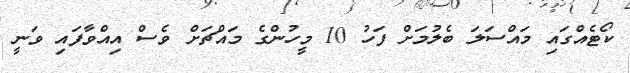
ކޯޓެއްގައި މައްސަލަ ބެލުމަށް ފަހު 10 މީހުންގެ މައްޗަށް ވެސް އިއްވާފައި ވަނީ